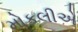
મોકલીએ